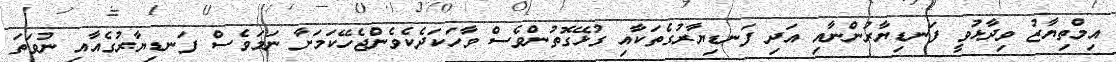
އިމްތިޔާޒު ވިދާޅުވީ ފަނޑިޔާރުންނާއި އަދި ފަނޑިޔާރުގެތަކާއި ގުޅޭގޮތުންވެސް ވާހަކަދެކެވެންޖެހޭކަމަށާ ނަމަވެސް ފަނޑިޔާރުގެއާއި ނުވަތަ